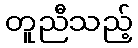
တူညီသည့်